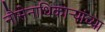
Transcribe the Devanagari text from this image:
नौसेनाधिकाऱ्यांच्या